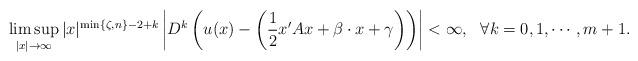
LaTeX: \begin{align*} \limsup _ { | x | \rightarrow \infty } | x | ^ {\min\{\zeta,n\} - 2 +k} \left| D^k\left( u ( x ) - \left( \frac { 1 } { 2 } x ^ { \prime } A x + \beta \cdot x + \gamma \right) \right) \right| < \infty,\ \ \forall k=0,1,\cdots,m+1. \end{align*}